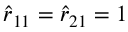
\hat { r } _ { 1 1 } = \hat { r } _ { 2 1 } = 1